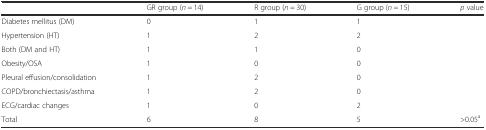
<table><thead><tr><td></td><td><b>GR group (<i>n</i> = 14)</b></td><td><b>R group (<i>n</i> = 30)</b></td><td><b>G group (<i>n</i> = 15)</b></td><td><b><i>p</i> value</b></td></tr></thead><tbody><tr><td>Diabetes mellitus (DM)</td><td>0</td><td>1</td><td>1</td><td></td></tr><tr><td>Hypertension (HT)</td><td>1</td><td>2</td><td>2</td><td></td></tr><tr><td>Both (DM and HT)</td><td>1</td><td>1</td><td>0</td><td></td></tr><tr><td>Obesity/OSA</td><td>1</td><td>0</td><td>0</td><td></td></tr><tr><td>Pleural effusion/consolidation</td><td>1</td><td>2</td><td>0</td><td></td></tr><tr><td>COPD/bronchiectasis/asthma</td><td>1</td><td>2</td><td>0</td><td></td></tr><tr><td>ECG/cardiac changes</td><td>1</td><td>0</td><td>2</td><td></td></tr><tr><td>Total</td><td>6</td><td>8</td><td>5</td><td>&gt;0.05<sup>a</sup></td></tr></tbody></table>